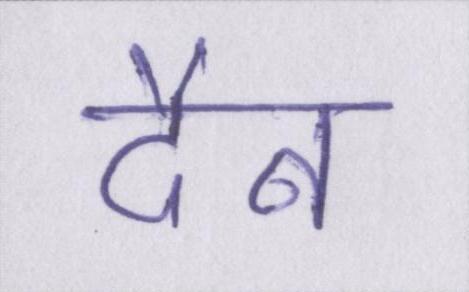
दैन